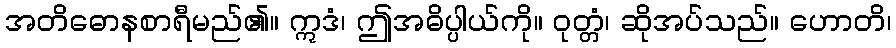
အတိဓောနစာရီမည်၏။ ဣဒံ၊ ဤအဓိပ္ပါယ်ကို။ ဝုတ္တံ၊ ဆိုအပ်သည်။ ဟောတိ၊